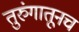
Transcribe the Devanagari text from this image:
तुरुंगातूनच